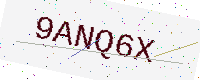
Text: 9ANQ6X